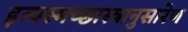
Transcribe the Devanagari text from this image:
इत्यस्मच्छास्त्रानुसारेण